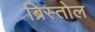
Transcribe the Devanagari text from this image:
ब्रिस्तोल